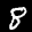
Label: 8